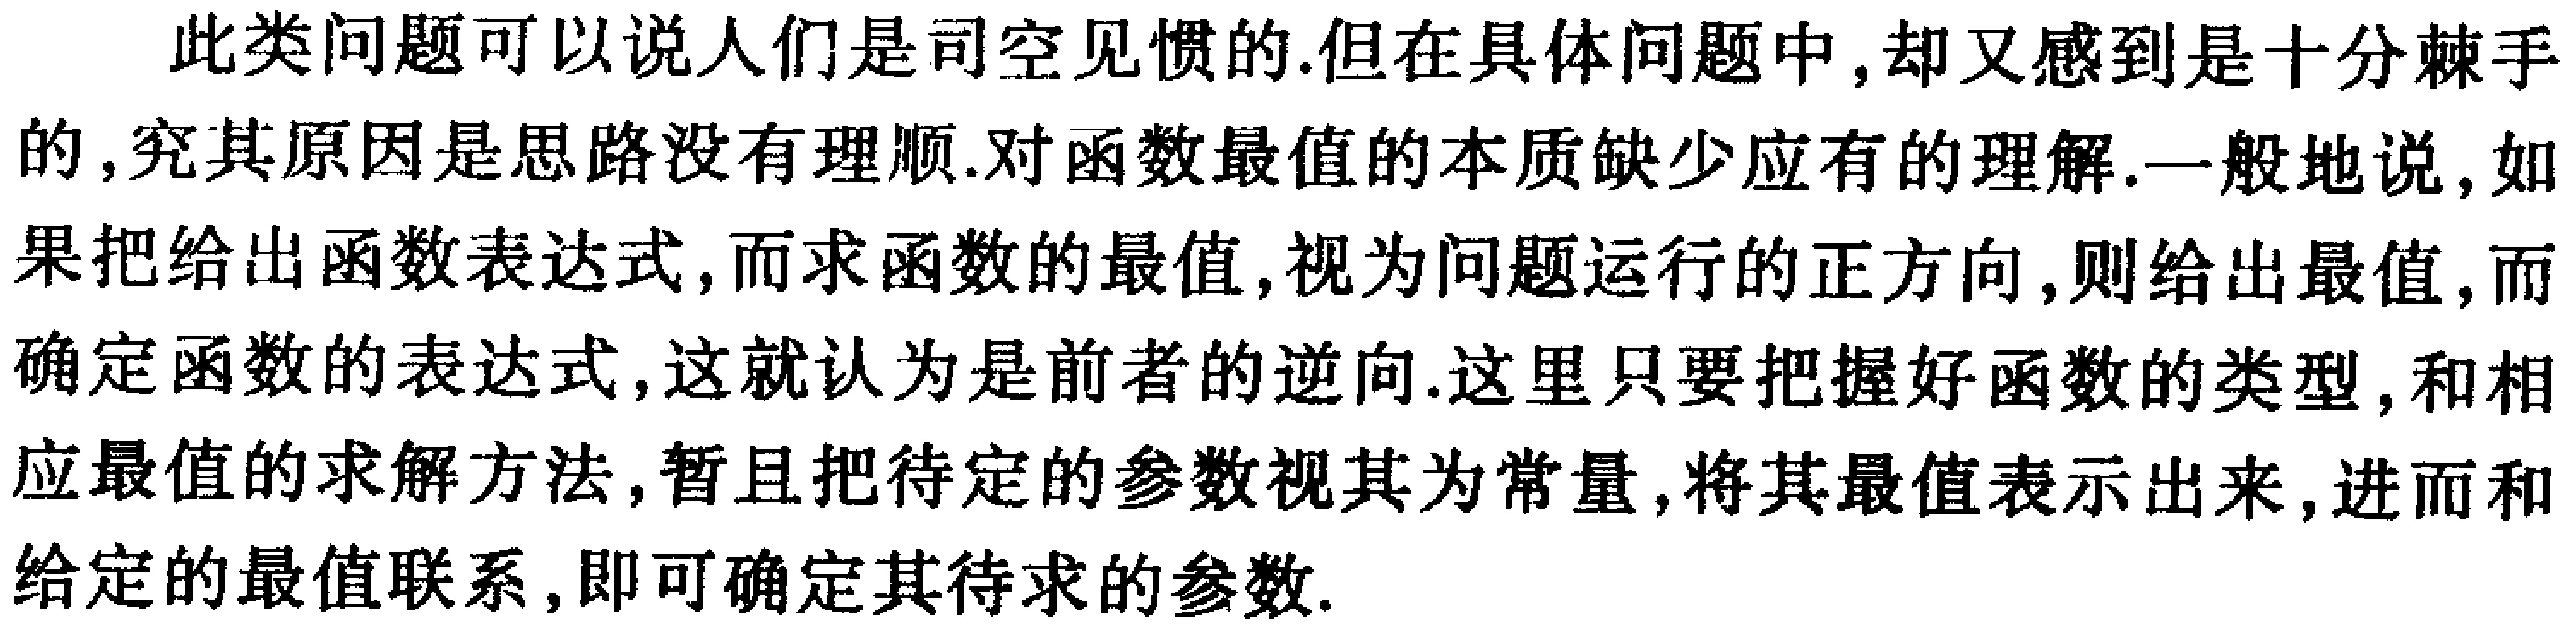
此类问题可以说人们是司空见惯的.但在具体问题中,却又感到是十分棘手的,究其原因是思路没有理顺.对函数最值的本质缺少应有的理解.一般地说,如果把给出函数表达式,而求函数的最值,视为问题运行的正方向,则给出最值,而确定函数的表达式,这就认为是前者的逆向.这里只要把握好函数的类型,和相应最值的求解方法,暂且把待定的参数视其为常量,将其最值表示出来,进而和给定的最值联系,即可确定其待求的参数.